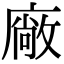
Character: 廠